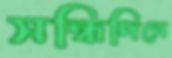
সন্ধিদিনে